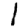
Digit: 1